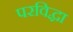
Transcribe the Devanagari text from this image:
परविद्धा